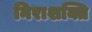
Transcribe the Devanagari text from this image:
निराशक्ति